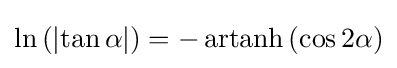
\ln \left(\left|\tan \alpha \right|\right)=-\operatorname {artanh} \left(\cos 2\alpha \right)